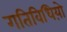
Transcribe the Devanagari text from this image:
गतिविधिय़ो